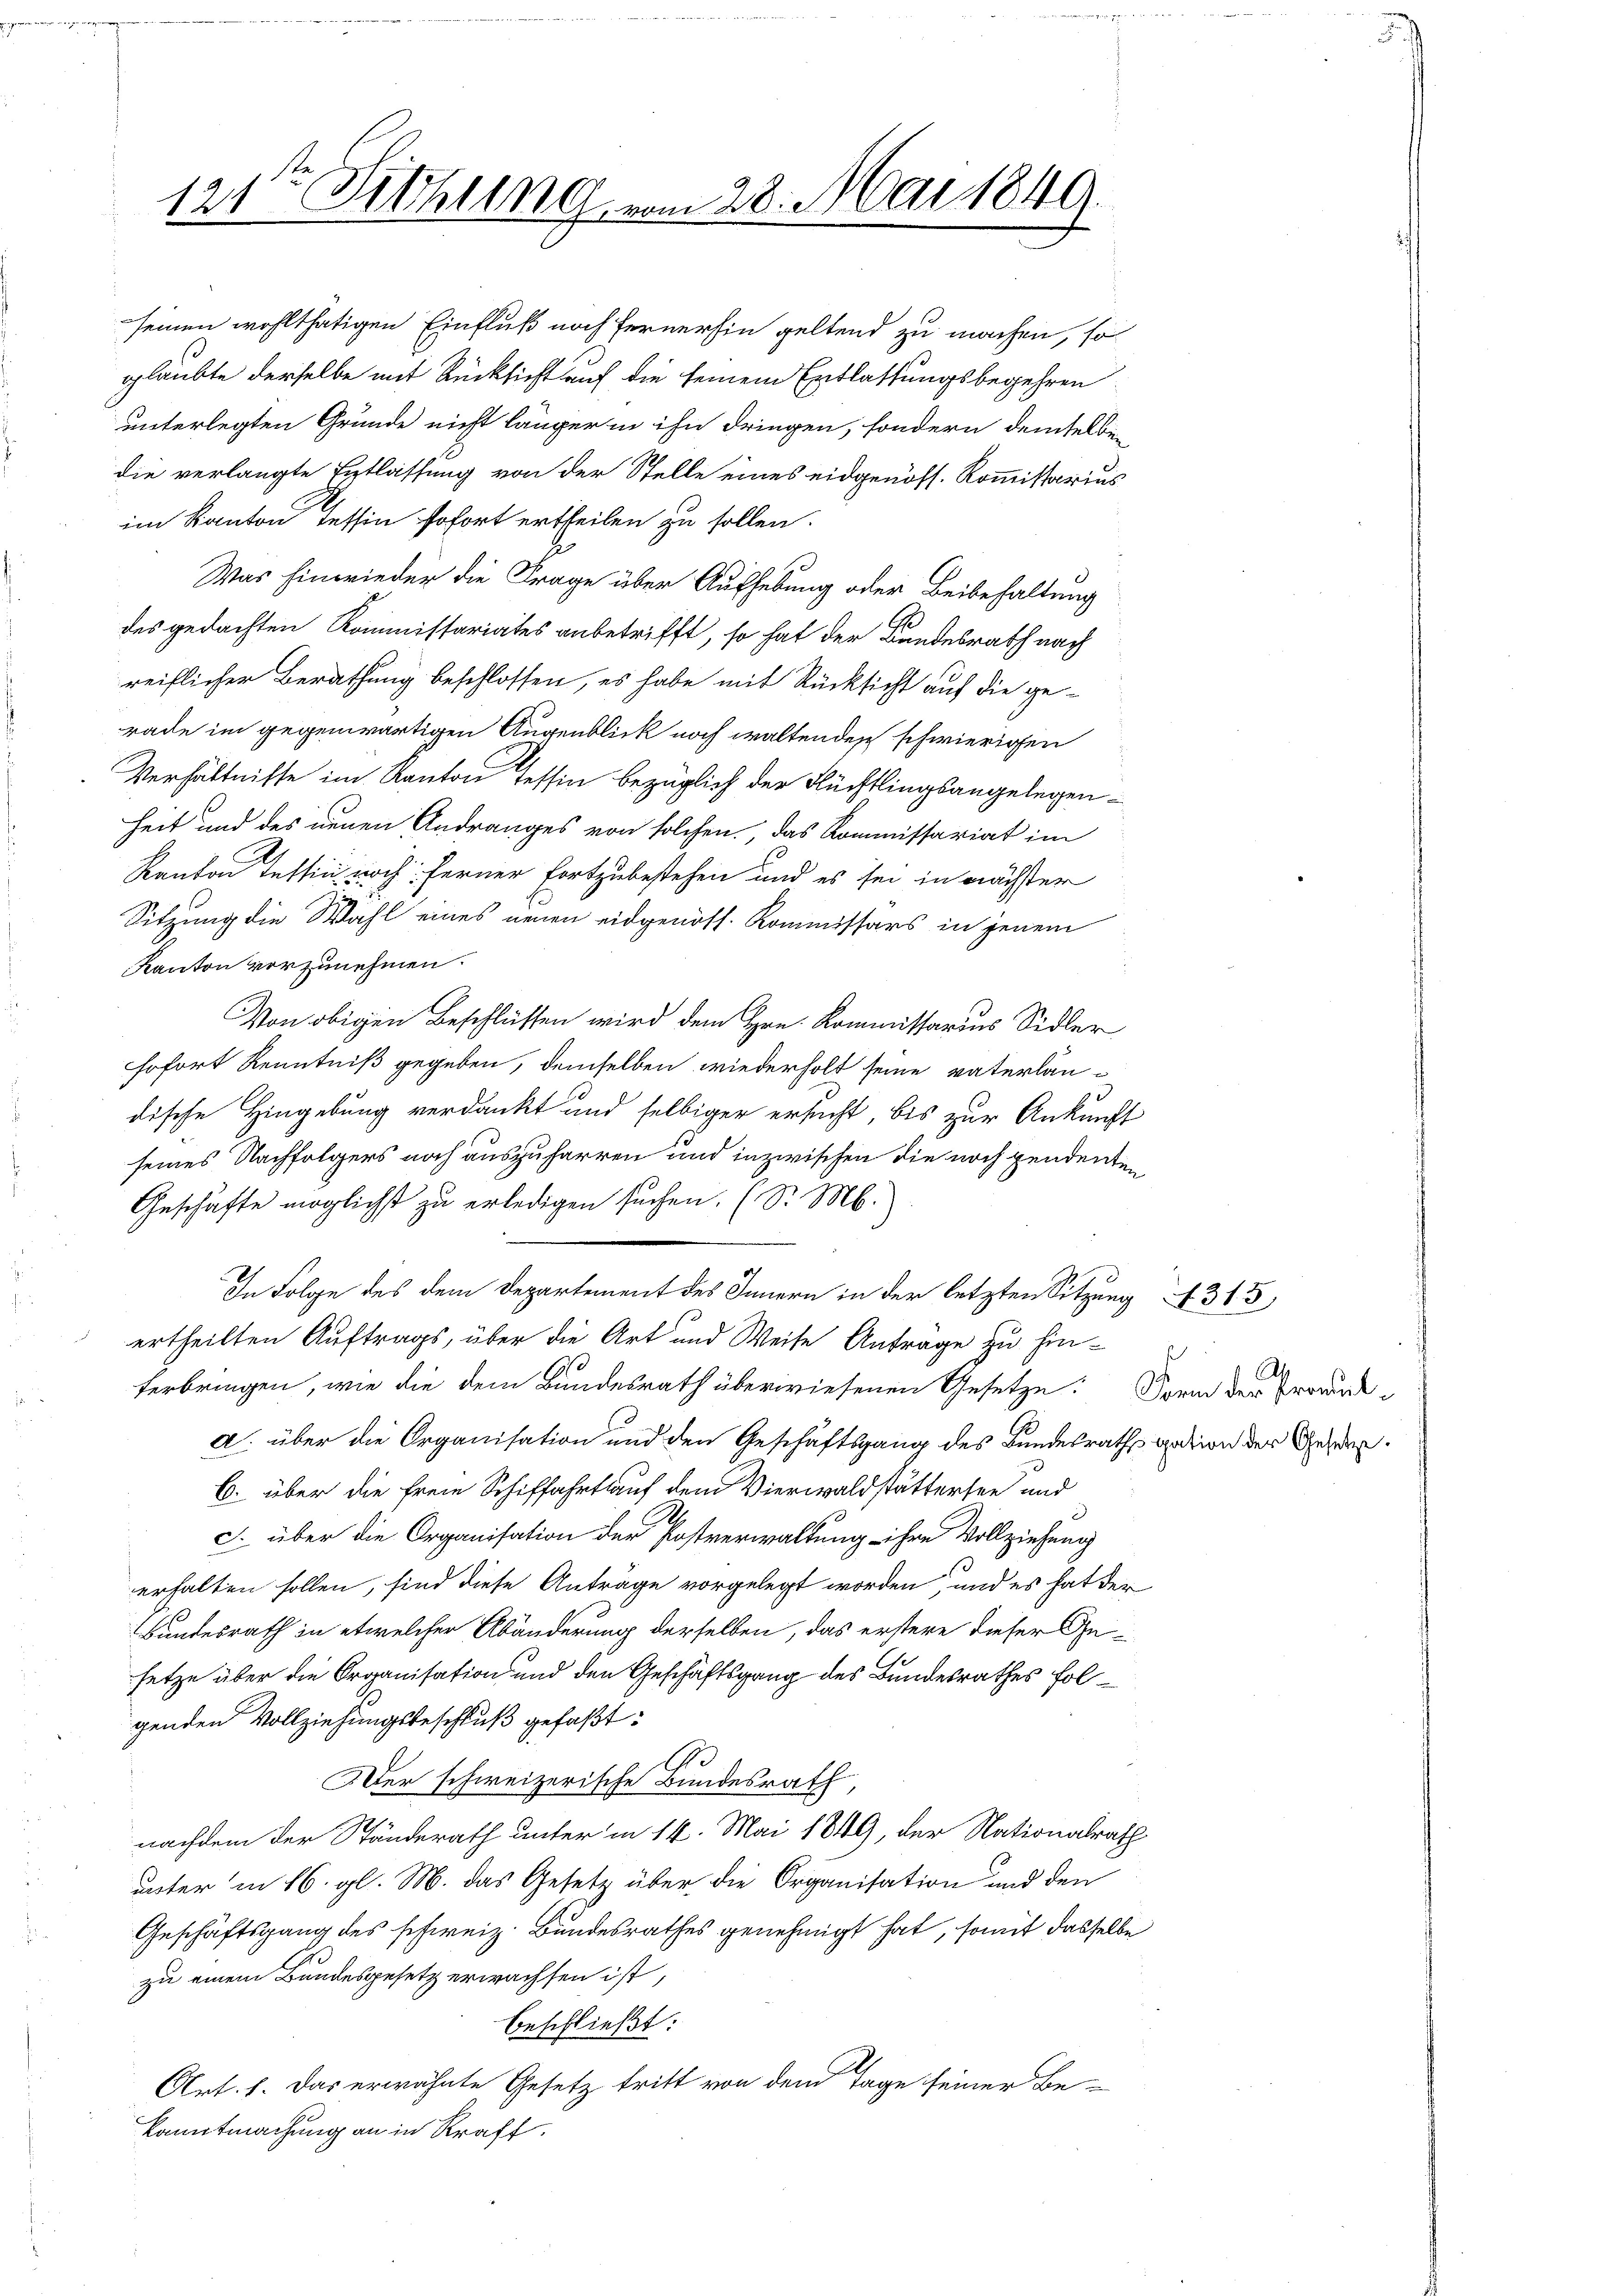
rade im gegenwärtigen Augenblick noch waltenden schwierigen
Verhältnisse im Kanton Tessin bezüglich der Flüchtlingsangelegenheit und des neuen Andranges von solchen, das Kommissariat im
Kanton Tessin noch ferner fortzubestehen und es sei in nächster
Sitzung die Wahl eines neuen eidgenöss. Kommissärs in jenem
Kanton vorzunehmen.
Von obigen Beschlüssen wird dem Hrn. Kommissarius Sidler
sofort Kenntniß gegeben, demselben wiederholt seine vaterlandische Hingebung verdankt und selbiger ersucht, bis zur Ankunft
seines Nachfolgers noch auszuharren und inzwischen die noch pendenten
Geschäfte möglichst zu erledigen suchen. (S. M.
In Folge des dem Departement des Innern in der letzten Sitzung 313,
ertheilten Auftrags, über die Art und Weise Anträge zu hin-
ferbringen, wie die dem Bundesrath überwiesenen Gesetze. Form der Erbaude
a. über die Organisation und den Geschäftsgang des Bundesraths sation der Gesetz¬
C. über die freie Schiffahrt auf dem Vierwaldstättersee und
c. über die Organisation der Postverwaltung ihre Vollziehung
erhalten sollen, sind diese Anträge vorgelegt worden, und es hat der
Bundesrath in etwelcher Abänderung derselben, das erstere dieser Gesetze über die Organisation und den Geschäftsgang des Bundesrathes folgenden Vollziehungsbeschluß gefaßt:
1
Der schweizerische Bundesrath,
nachdem der Ständerath unter in 14. Mai 1849, der Nationalrath
unter in 16. gl. M. das Gesetz über die Organisation und den
Geschäftsgang des schweiz. Bundesrathes genehmigt hat, somit dasselbe
zu einem Bundesgesetz erwachsen ist,
beschließt:
A
Art. f. Das erwähnte Gesetz tritt von dem Tage seiner Be-
kanntmachung an in Kraft.

121ten Sitzung vom 28. Mai 1849.

seinen wohlthätigen Einfluß noch fernerhin geltend zu machen, so
glaubte derselbe mit Rücksicht auf die seinem Entlassungsbegehren
unterlegten Grunde nicht länger in ihn dringen, sondern demselbe
die verlangte Entlassung von der Stelle eines eidgenöss. Kommissarius
im Kanton Tessin sofort ertheilen zu sollen.
Was hinwieder die Frage über Aufhebung oder Beibehaltung
des gedachten Kommissariates anbetrifft, so hat der Bundesrath nach
reiflicher Berathung beschlossen, es habe mit Rücksicht auf die ge¬

s
Al